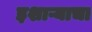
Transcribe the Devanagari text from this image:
इशाऱ्याचा